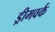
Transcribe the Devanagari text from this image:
ड्रीमवर्क